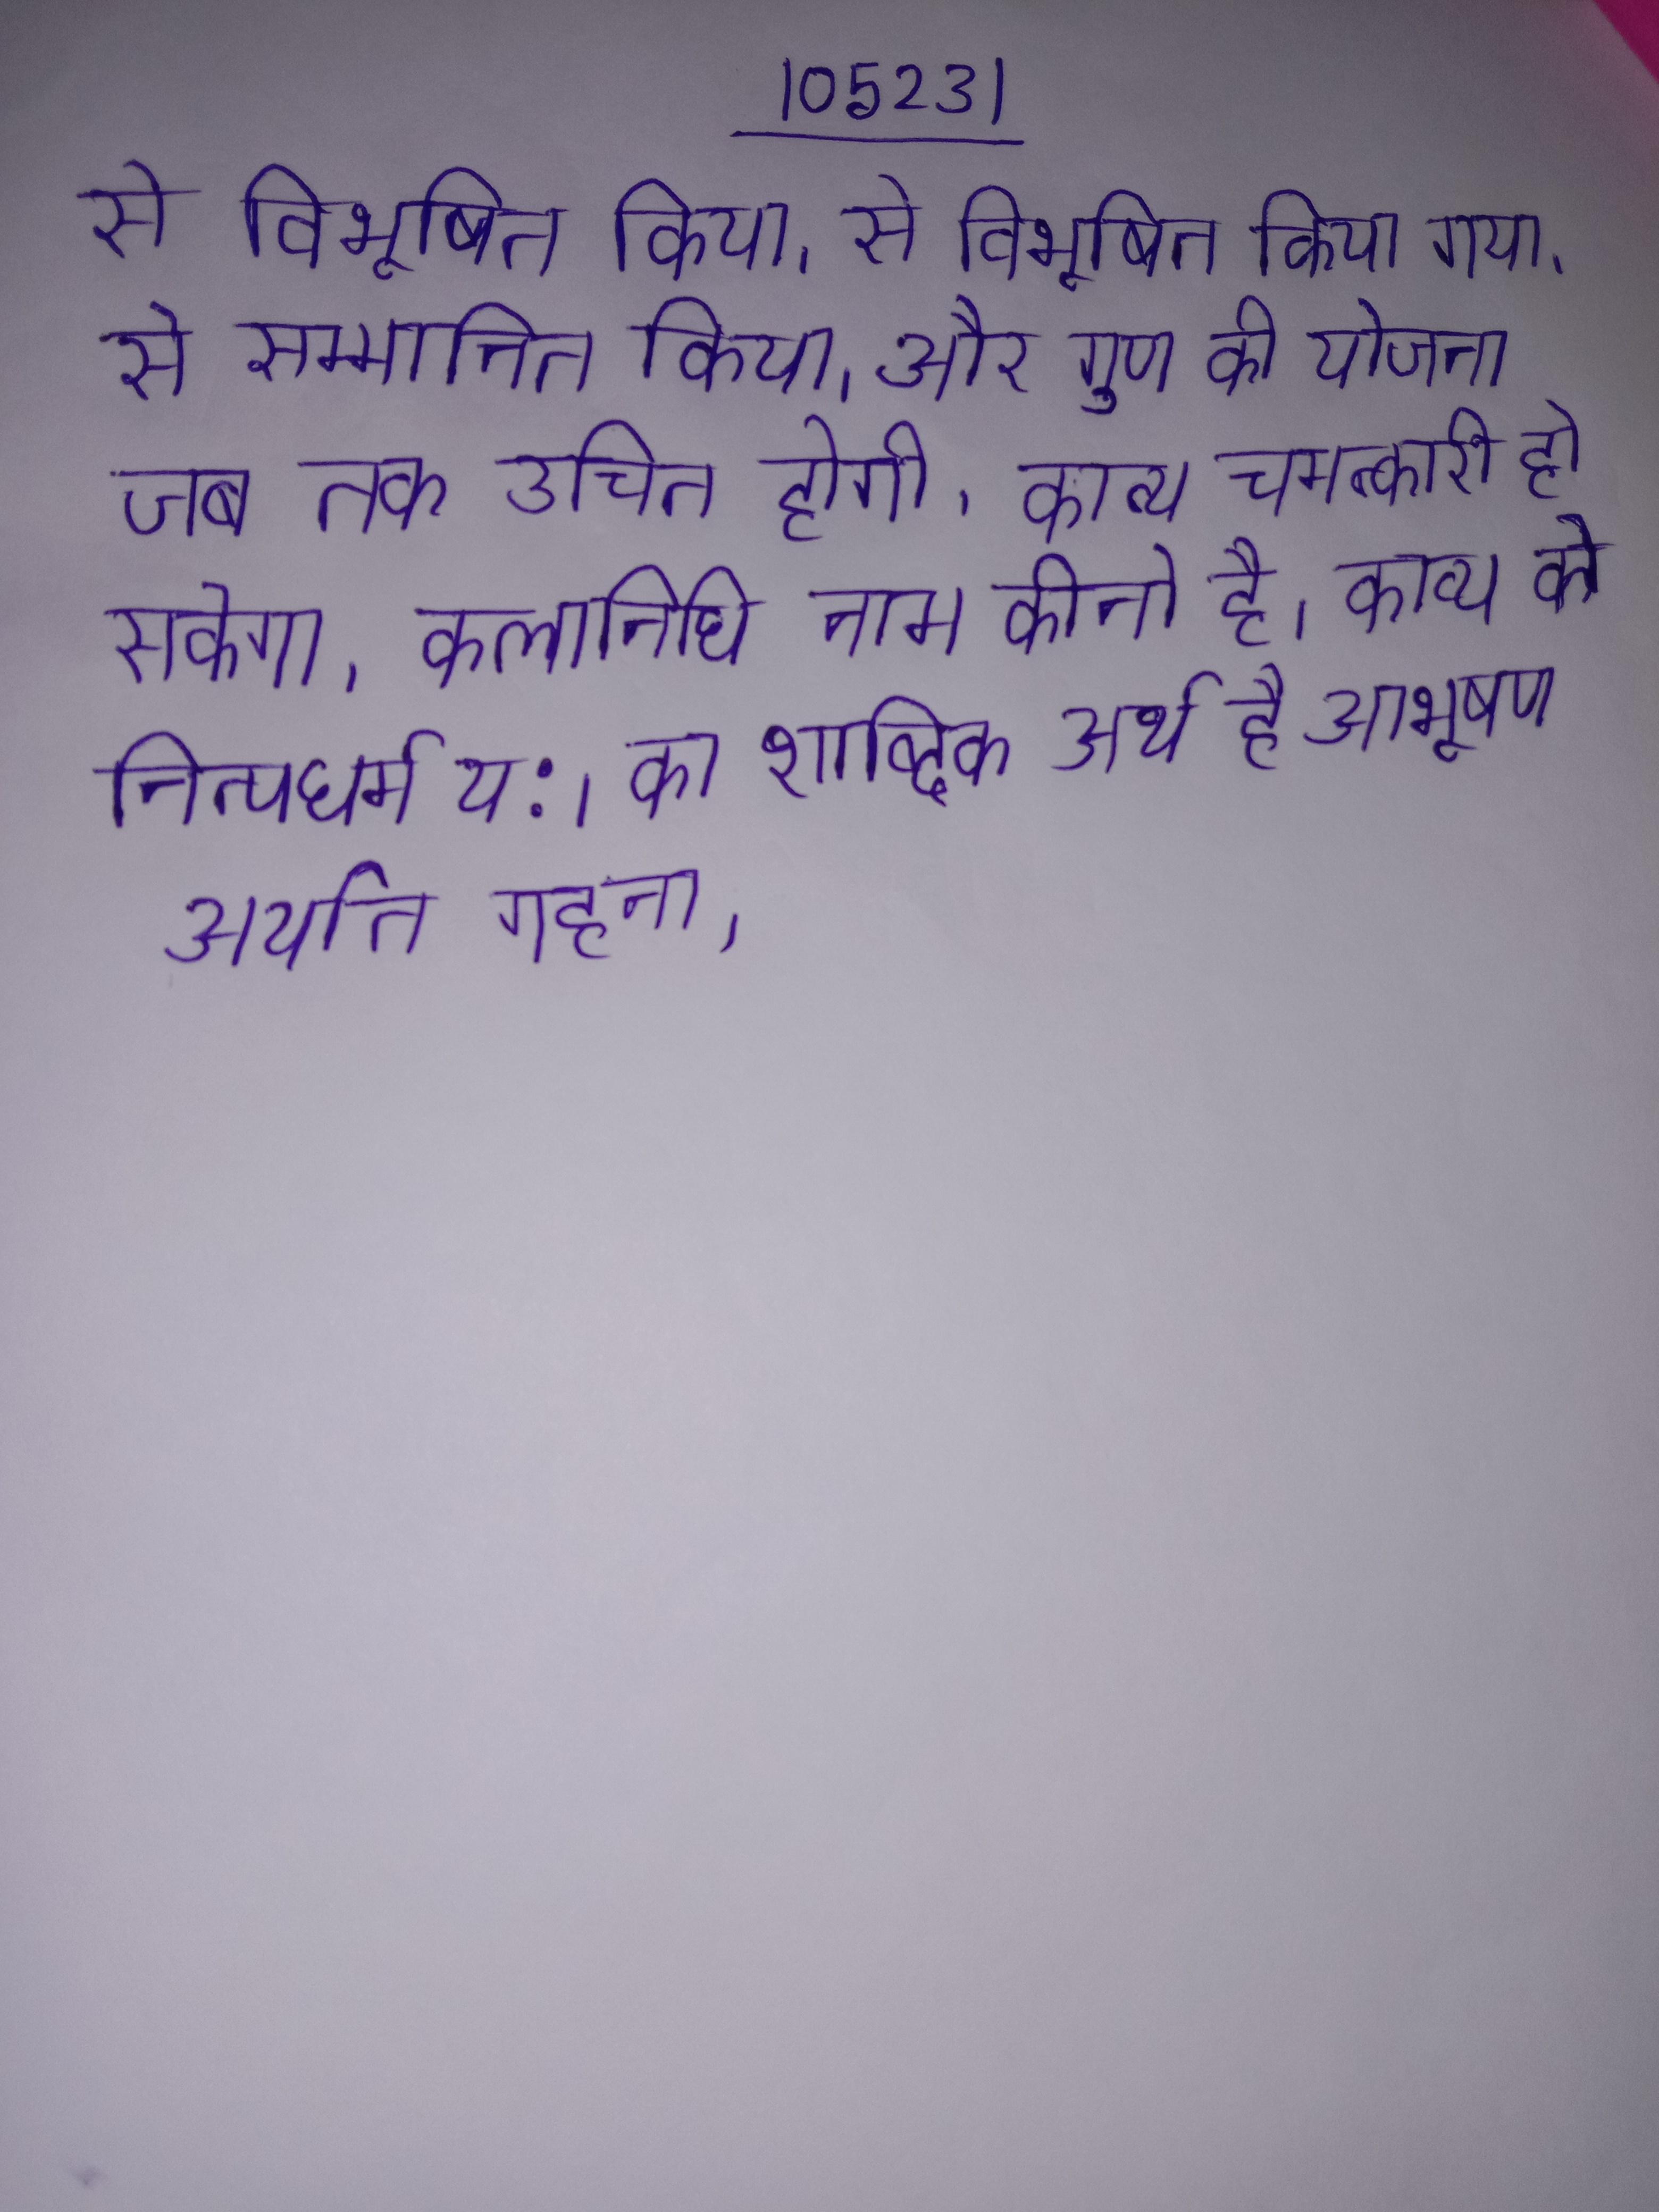
से विभूषित किया । से विभूषित किया गया । से सम्मानित किया । और गुण की योजना जब तक उचित होगी, काव्य चमत्कारी हो सकेगा । कलानिधि नाम कीनो है । काव्य के नित्यधर्म य: । का शाब्दिक अर्थ है आभूषण अर्थात गहना ।